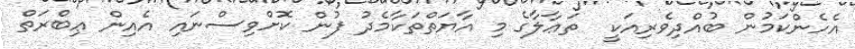
އެހެންކަމުން ބުއްދިވެރިއަކީ  ތަޢާލާގެ މި އާޔަތްތަކާމެދު ފުން ކޮށްވިސްނައި އެއިން ޢިބްރަތް